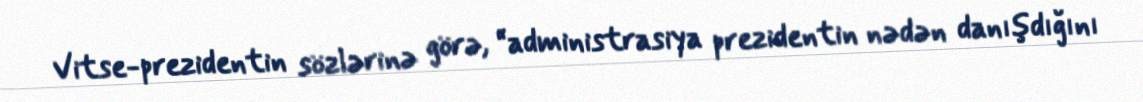
Vitse-prezidentin sözlərinə görə, “administrasiya prezidentin nədən danışdığını